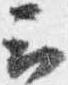
云